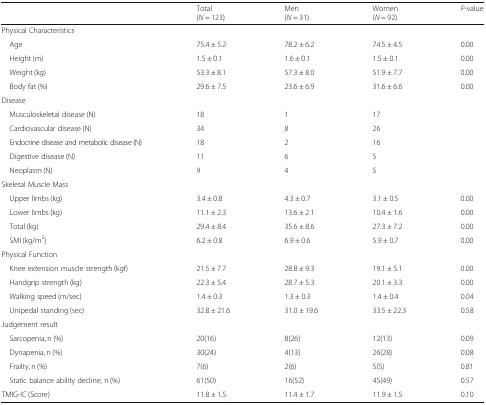
<table><thead><tr><td></td><td><b>Total(<i>N</i> = 123)</b></td><td><b>Men(<i>N</i> = 31)</b></td><td><b>Women(<i>N</i> = 92)</b></td><td><b><i>P</i>-value</b></td></tr></thead><tbody><tr><td colspan="5">Physical Characteristics</td></tr><tr><td> Age</td><td>75.4 ± 5.2</td><td>78.2 ± 6.2</td><td>74.5 ± 4.5</td><td>0.00</td></tr><tr><td> Height (m)</td><td>1.5 ± 0.1</td><td>1.6 ± 0.1</td><td>1.5 ± 0.1</td><td>0.00</td></tr><tr><td> Weight (kg)</td><td>53.3 ± 8.1</td><td>57.3 ± 8.0</td><td>51.9 ± 7.7</td><td>0.00</td></tr><tr><td> Body fat (%)</td><td>29.6 ± 7.5</td><td>23.6 ± 6.9</td><td>31.6 ± 6.6</td><td>0.00</td></tr><tr><td colspan="5">Disease</td></tr><tr><td> Musculoskeletal disease (N)</td><td>18</td><td>1</td><td>17</td><td></td></tr><tr><td> Cardiovascular disease (N)</td><td>34</td><td>8</td><td>26</td><td></td></tr><tr><td> Endocrine disease and metabolic disease (N)</td><td>18</td><td>2</td><td>16</td><td></td></tr><tr><td> Digestive disease (N)</td><td>11</td><td>6</td><td>5</td><td></td></tr><tr><td> Neoplasm (N)</td><td>9</td><td>4</td><td>5</td><td></td></tr><tr><td colspan="5">Skeletal Muscle Mass</td></tr><tr><td> Upper limbs (kg)</td><td>3.4 ± 0.8</td><td>4.3 ± 0.7</td><td>3.1 ± 0.5</td><td>0.00</td></tr><tr><td> Lower limbs (kg)</td><td>11.1 ± 2.3</td><td>13.6 ± 2.1</td><td>10.4 ± 1.6</td><td>0.00</td></tr><tr><td> Total (kg)</td><td>29.4 ± 8.4</td><td>35.6 ± 8.6</td><td>27.3 ± 7.2</td><td>0.00</td></tr><tr><td> SMI (kg/m<sup>2</sup>)</td><td>6.2 ± 0.8</td><td>6.9 ± 0.6</td><td>5.9 ± 0.7</td><td>0.00</td></tr><tr><td colspan="5">Physical Function</td></tr><tr><td> Knee extension muscle strength (kgf)</td><td>21.5 ± 7.7</td><td>28.8 ± 9.3</td><td>19.1 ± 5.1</td><td>0.00</td></tr><tr><td> Handgrip strength (kg)</td><td>22.3 ± 5.4</td><td>28.7 ± 5.3</td><td>20.1 ± 3.3</td><td>0.00</td></tr><tr><td> Walking speed (m/sec)</td><td>1.4 ± 0.3</td><td>1.3 ± 0.3</td><td>1.4 ± 0.4</td><td>0.04</td></tr><tr><td> Unipedal standing (sec)</td><td>32.8 ± 21.6</td><td>31.0 ± 19.6</td><td>33.5 ± 22.3</td><td>0.58</td></tr><tr><td colspan="5">Judgement result</td></tr><tr><td> Sarcopenia, n (%)</td><td>20(16)</td><td>8(26)</td><td>12(13)</td><td>0.09</td></tr><tr><td> Dynapenia, n (%)</td><td>30(24)</td><td>4(13)</td><td>26(28)</td><td>0.08</td></tr><tr><td> Frailty, n (%)</td><td>7(6)</td><td>2(6)</td><td>5(5)</td><td>0.81</td></tr><tr><td> Static balance ability decline, n (%)</td><td>61(50)</td><td>16(52)</td><td>45(49)</td><td>0.57</td></tr><tr><td>TMIG-IC (Score)</td><td>11.8 ± 1.5</td><td>11.4 ± 1.7</td><td>11.9 ± 1.5</td><td>0.10</td></tr></tbody></table>